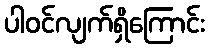
ပါဝင်လျက်ရှိကြောင်း